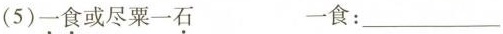
(5)一食或尽粟一石 一食：___